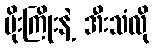
မိုးကြိုးနဲ့ အီးသံလို